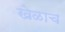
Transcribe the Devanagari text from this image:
खेळाच